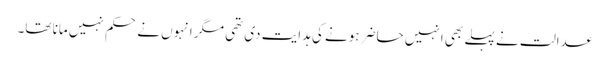
عدالت نے پہلے بھی انہیں حاضر ہونے کی ہدایت دی تھی مگر انہوں نے حکم نہیں مانا تھا۔